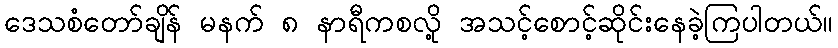
ဒေသစံတော်ချိန် မနက် ၈ နာရီကစလို့ အသင့်စောင့်ဆိုင်းနေခဲ့ကြပါတယ်။